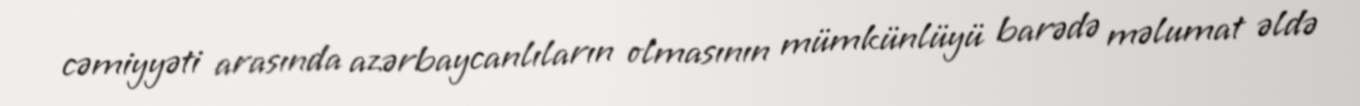
cəmiyyəti arasında azərbaycanlıların olmasının mümkünlüyü barədə məlumat əldə